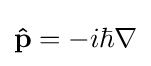
\mathbf {\hat {p}} =-i\hbar \mathbf {\nabla }